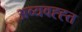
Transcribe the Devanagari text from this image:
अव्यवह्ह्त